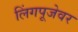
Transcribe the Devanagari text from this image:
लिंगपूजेवर